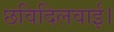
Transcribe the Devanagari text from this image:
छविदिलवाई।